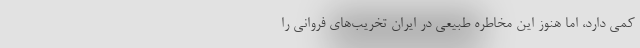
کمی دارد، اما هنوز این مخاطره طبیعی در ایران تخریب‌های فروانی را